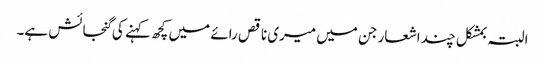
البتہ بمشکل چند اشعار جن میں میری ناقص رائے میں کچھ کہنے کی گنجائش ہے۔